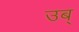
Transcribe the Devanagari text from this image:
उब्